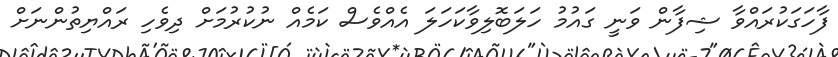
ފާހަގަކުރައްވާ ޝިފާން ވަނީ ގައުމު ހަލަބޮލިވާކަހަލަ އެއްވެސް ކަމެއް ނުކުރުމަށް ދިވެހި ރައްޔިތުންނަށް